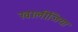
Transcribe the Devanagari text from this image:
खालीजिया